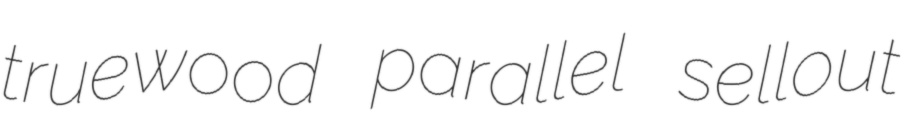
truewood parallel sellout